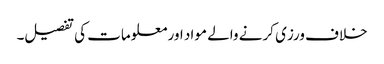
خلاف ورزی کرنے والے مواد اور معلومات کی تفصیل۔